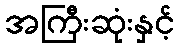
အကြီးဆုံးနှင့်